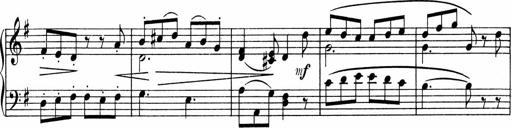
Title: 3 Sonatinen fÃ¼r Pianoforte
Composer: Fritz von Bose